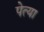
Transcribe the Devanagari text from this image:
पेत्या